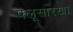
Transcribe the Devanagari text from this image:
फ्लूसारखा